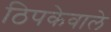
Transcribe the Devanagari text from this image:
ठिपकेवाले